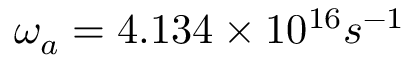
\omega _ { a } = 4 . 1 3 4 \times 1 0 ^ { 1 6 } s ^ { - 1 }